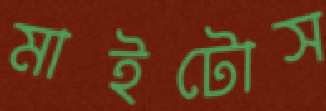
মাইটোস